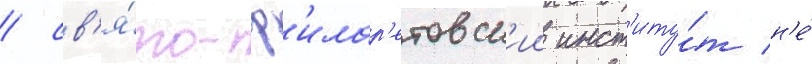
/ св'я́то-ф'илар'етовск'ии инст'иту́т н'е́